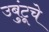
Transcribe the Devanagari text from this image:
उबुंटूचे